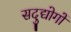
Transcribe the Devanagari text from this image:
सदुद्योगों